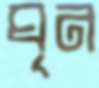
ঘৃন